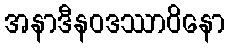
အနာဒီနဝဒဿာဝိနော